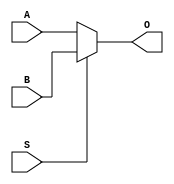
module MUX(
    input [63:0] A,
    input [63:0] B,
    input S,
    output [63:0] O
);

assign O = (S==1'b0) ? A: B;

endmodule